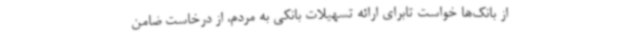
از بانک‌ها خواست تابرای ارائه تسهیلات بانکی به مردم، از درخاست ضامن